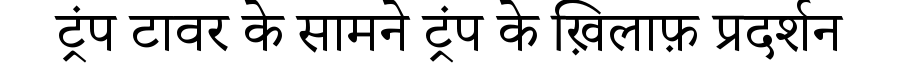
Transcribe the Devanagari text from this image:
ट्रंप टावर के सामने ट्रंप के ख़िलाफ़ प्रदर्शन